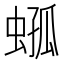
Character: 𧍆